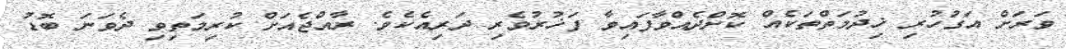
ވަރަށް އަގުހުރި ޚިދުމަތްތަކެއް ކޮށްދެއްވާފައިވާ ފަޚުރުވެރި ދަރިއެކެވެ. ރާއްޖެއަށް ކުރިމަތިވި ދެވަނަ ބޮޑު